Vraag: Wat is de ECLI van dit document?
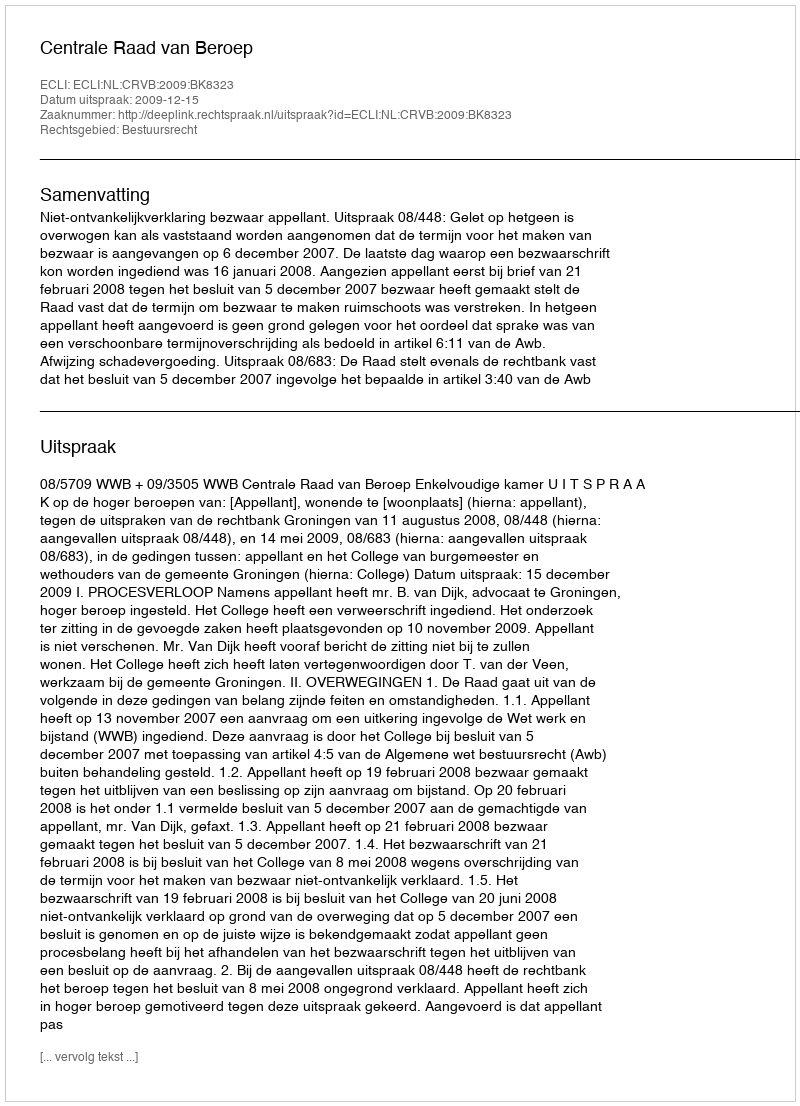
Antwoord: ECLI:NL:CRVB:2009:BK8323